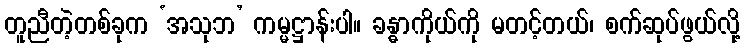
တူညီတဲ့တစ်ခုက ‘အသုဘ’ ကမ္မဋ္ဌာန်းပါ။ ခန္ဓာကိုယ်ကို မတင့်တယ်၊ စက်ဆုပ်ဖွယ်လို့